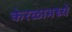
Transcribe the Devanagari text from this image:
केरळामध्ये